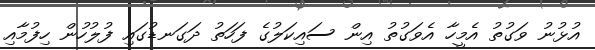
އުޅުނު ވަގުތު އެމީހާ އެވަގުތު އިން ސައިކަލުގެ ފަހަތު ދަގަނޑުގައި ފުލުހުން ހިފުމާއި